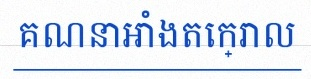
គណនាអាំងតេក្រាល